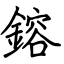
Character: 鎔